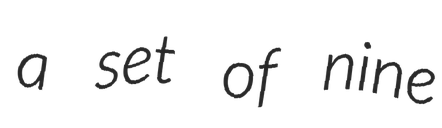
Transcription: a set of nine